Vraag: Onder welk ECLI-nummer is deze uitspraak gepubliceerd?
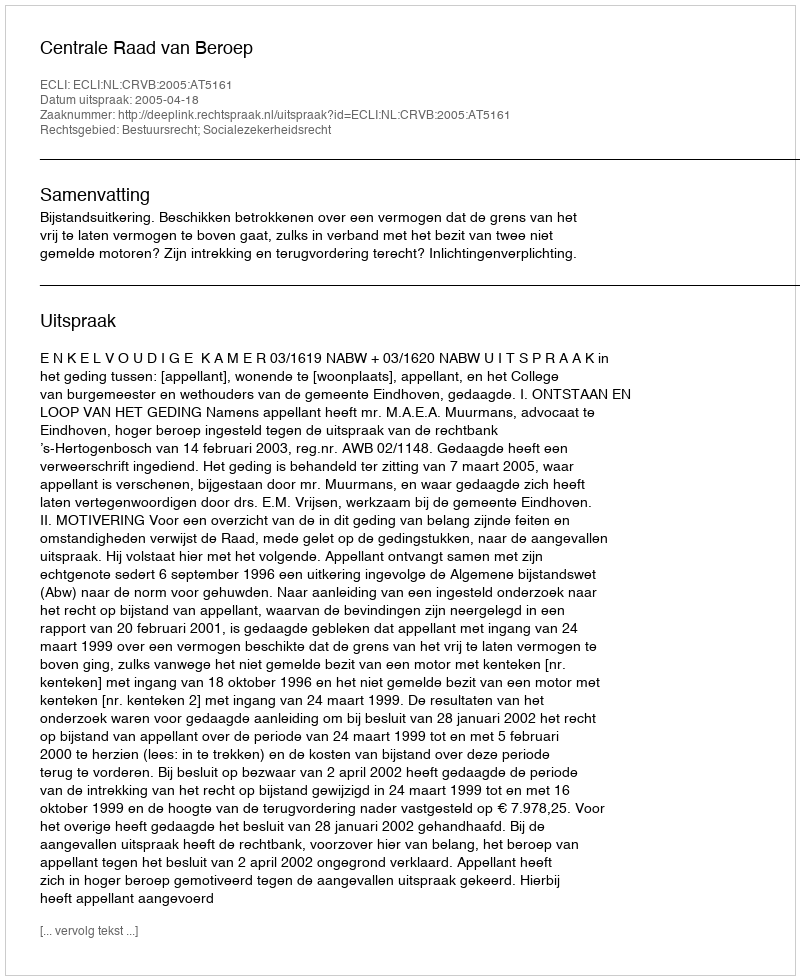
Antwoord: ECLI:NL:CRVB:2005:AT5161